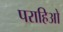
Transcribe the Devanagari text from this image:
पराहिओ